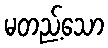
မတည့်သော